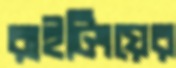
রাইটিংয়ের